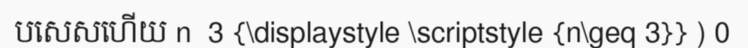
បសេសហើយ n  3 {\displaystyle \scriptstyle {n\geq 3}} ) 0